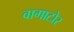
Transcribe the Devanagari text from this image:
वागाटोर